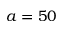
a = 5 0